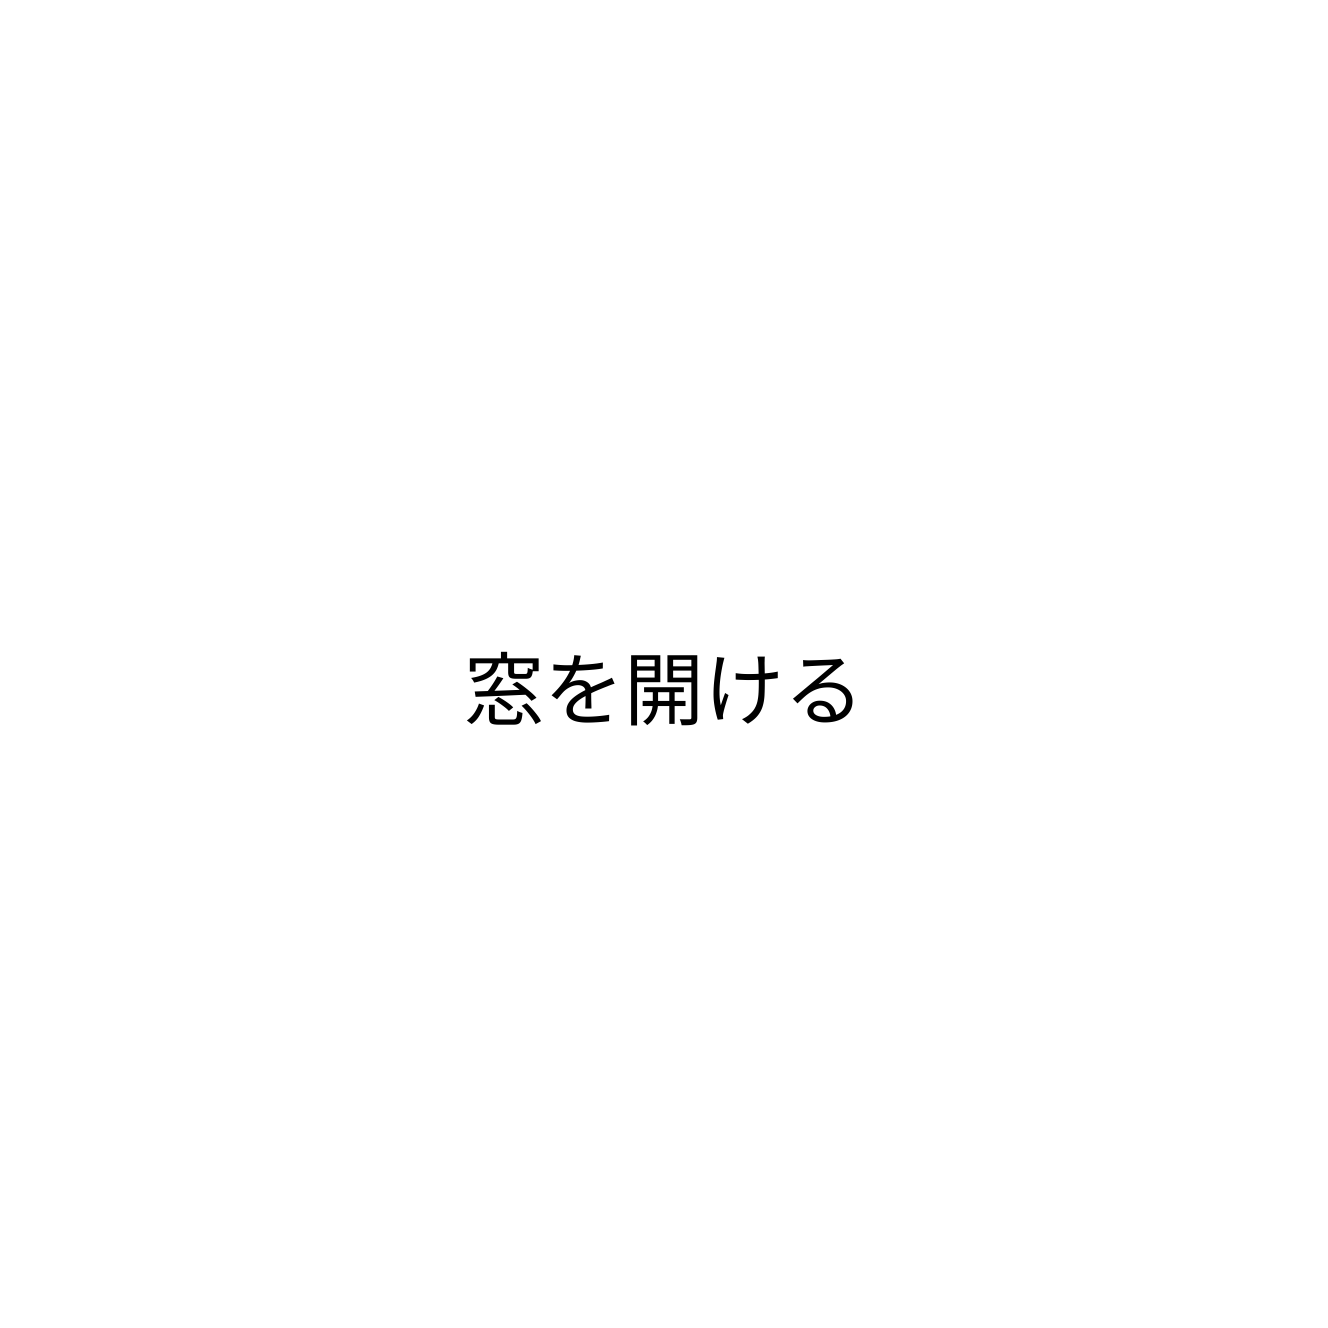
窓を開ける